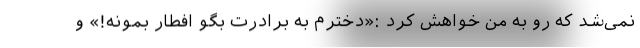
نمی‌شد که رو به من خواهش کرد :«دخترم به برادرت بگو افطار بمونه!» و